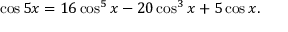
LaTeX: \cos 5 x = 1 6 \cos ^ { 5 } x - 2 0 \cos ^ { 3 } x + 5 \cos x .